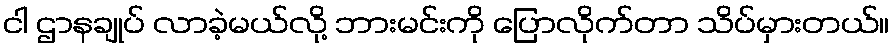
ငါ ဌာနချုပ် လာခဲ့မယ်လို့ ဘားမင်းကို ပြောလိုက်တာ သိပ်မှားတယ်။